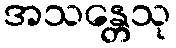
အသန္တေသု